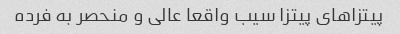
پیتزاهای پیتزا سیب واقعا عالی و منحصر به فرده